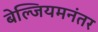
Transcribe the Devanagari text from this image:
बेल्जियमनंतर